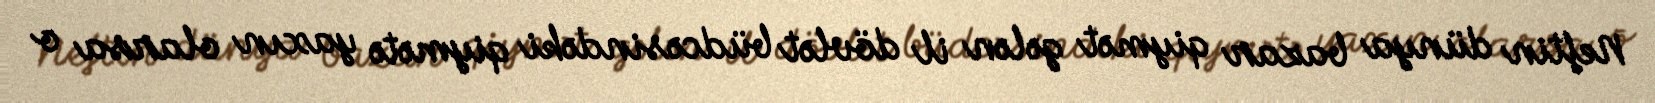
Neftin dünya bazar qiymət gələn il dövlət büdcəsindəki qiymətə yaxın olarsa o